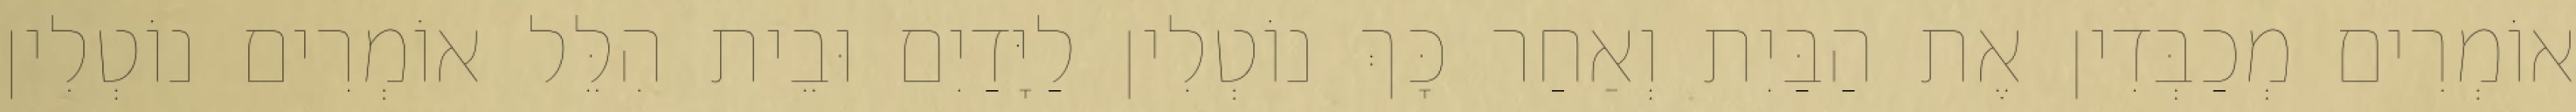
אוֹמְרִים מְכַבְּדִין אֶת הַבַּיִת וְאַחַר כָּךְ נוֹטְלִין לַיָּדַיִם וּבֵית הִלֵּל אוֹמְרִים נוֹטְלִין